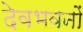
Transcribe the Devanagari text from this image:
देवभवनों